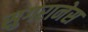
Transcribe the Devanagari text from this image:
सुगरानेस